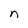
Character: n